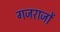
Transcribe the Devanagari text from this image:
गजराजों